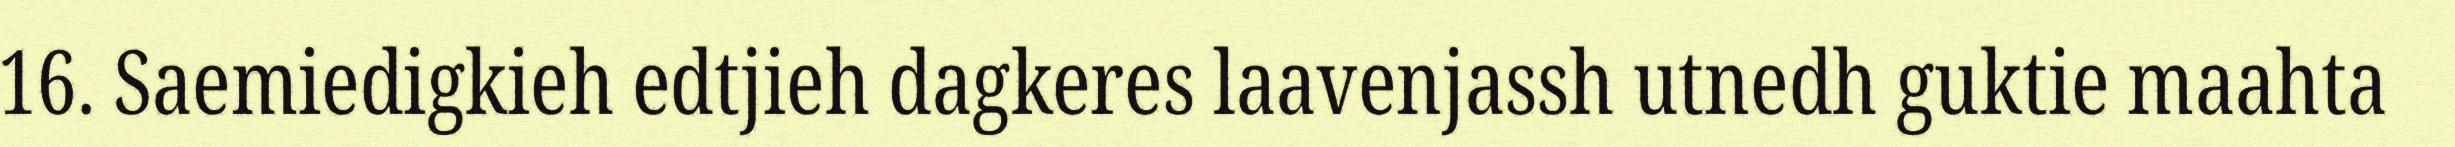
16. Saemiedigkieh edtjieh dagkeres laavenjassh utnedh guktie maahta